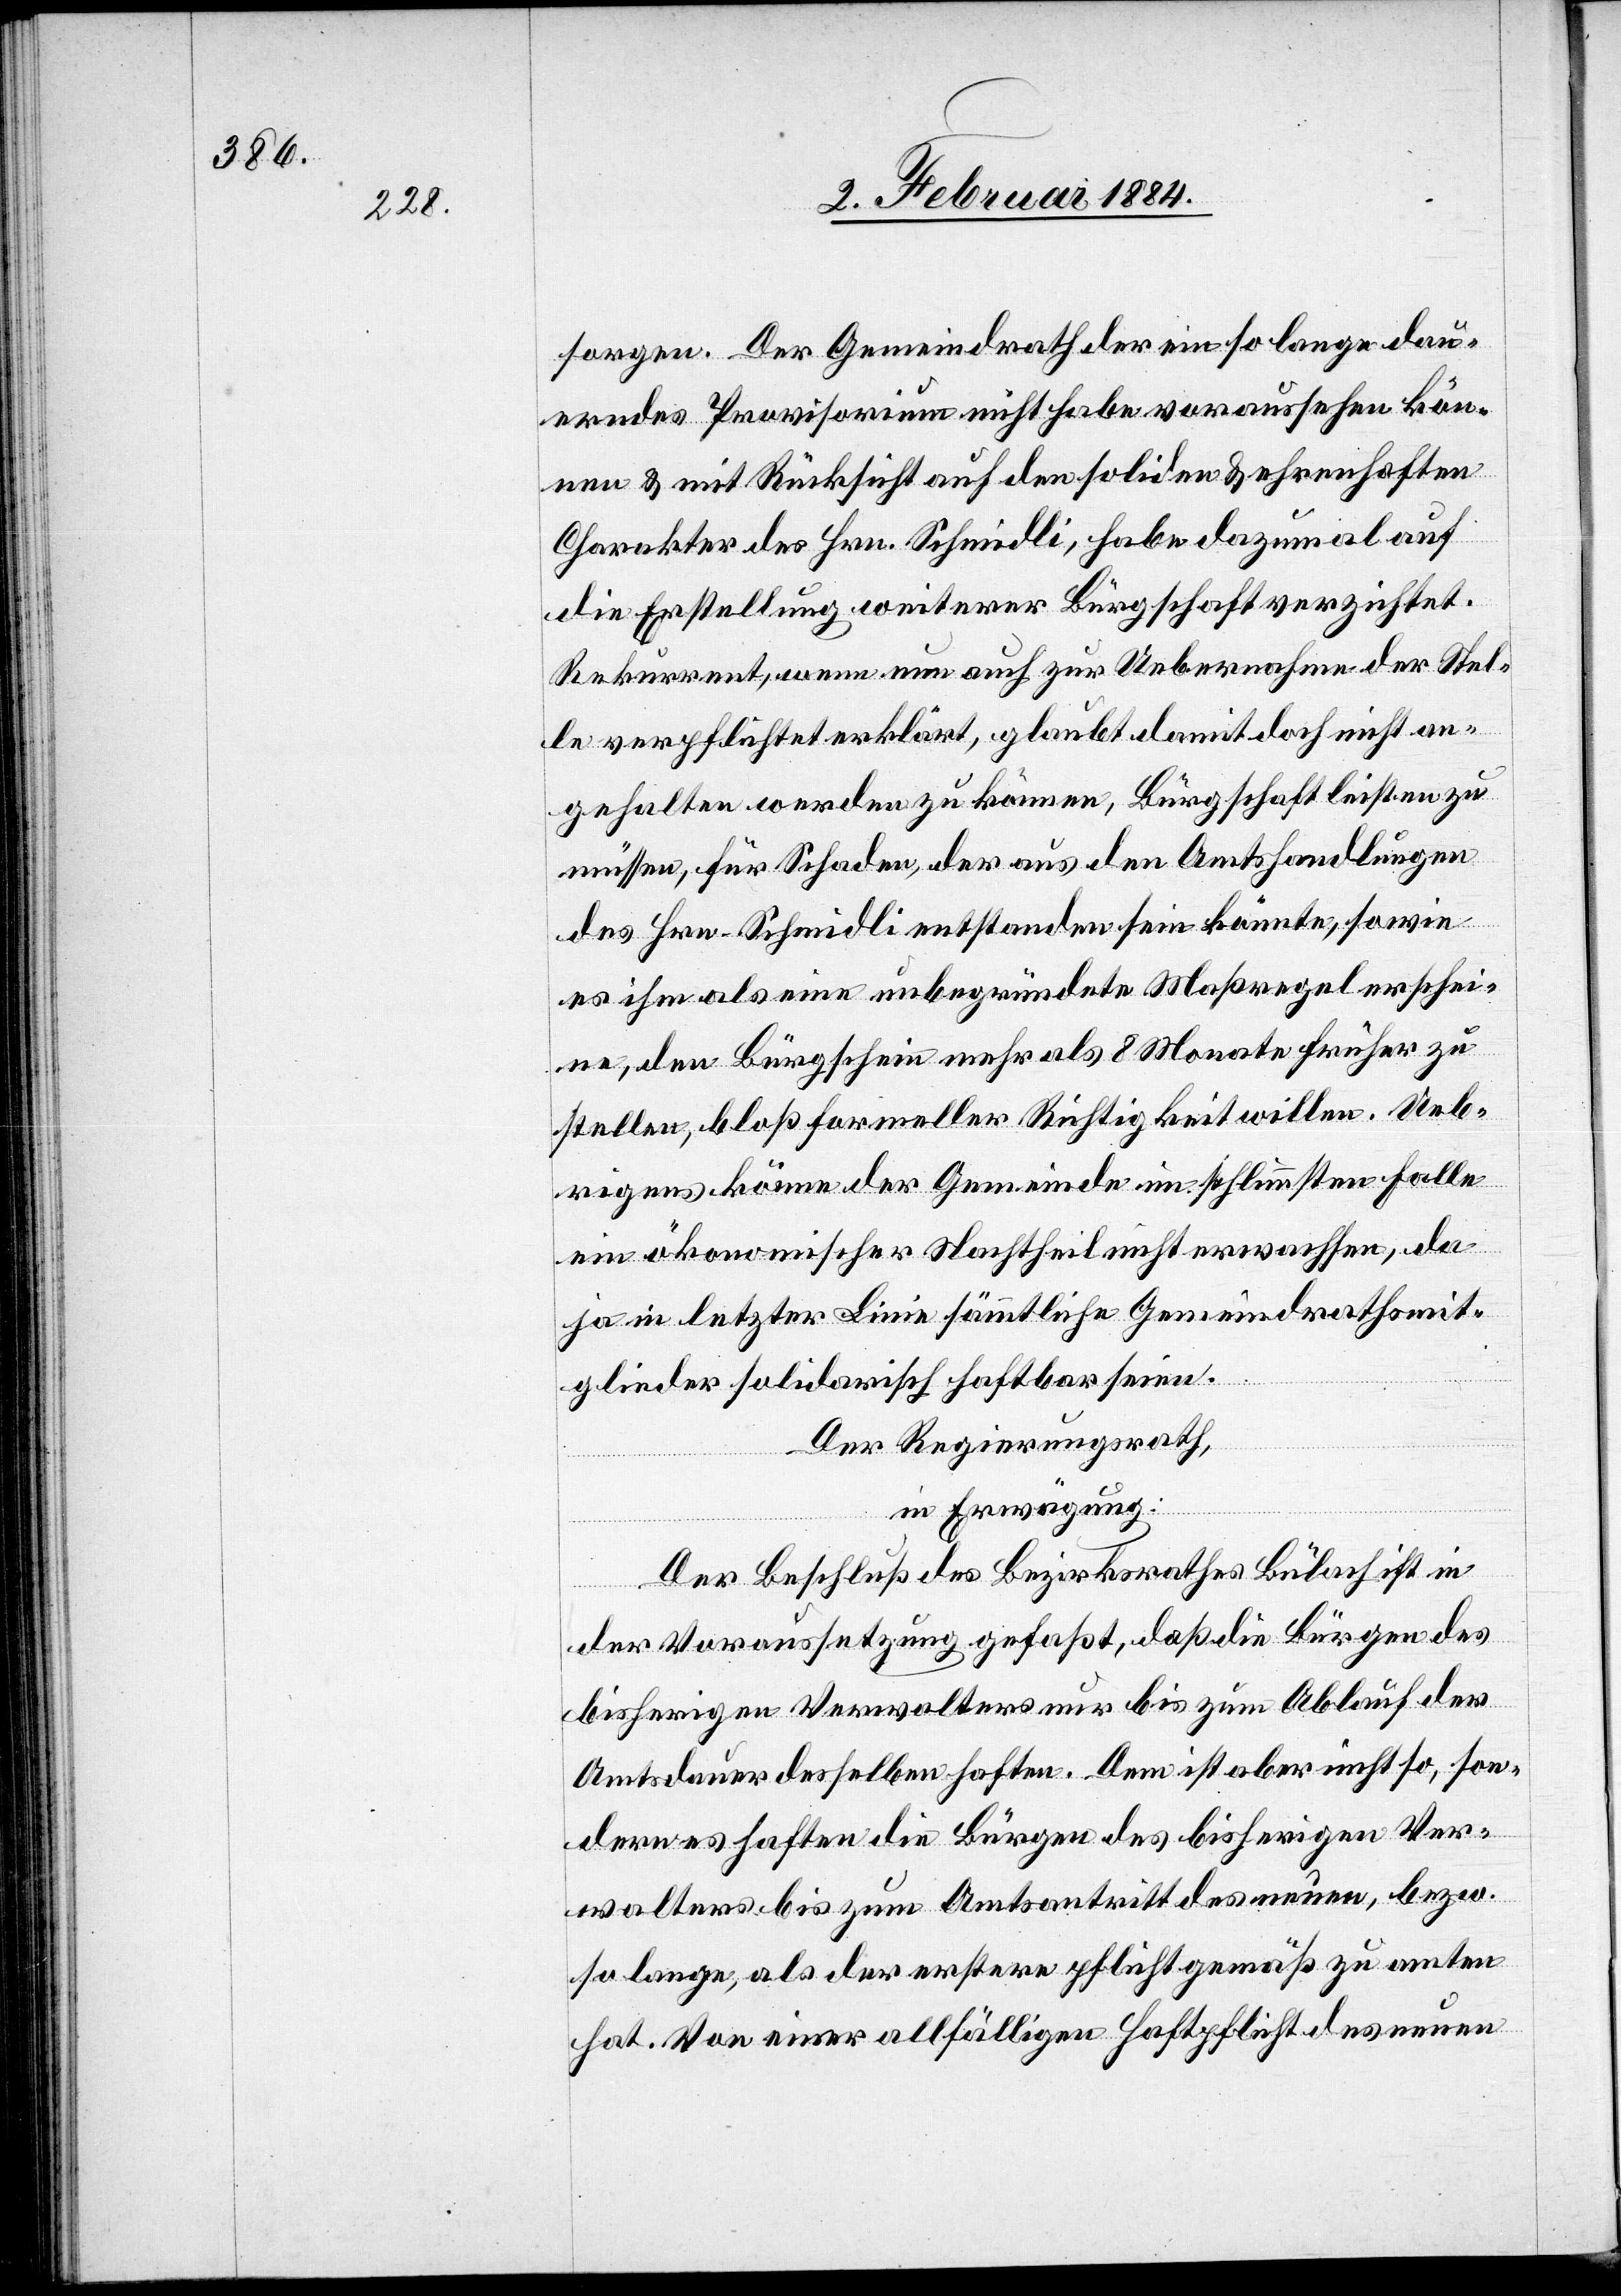
sorgen. Der Gemeindrath der ein so lange dau¬
erndes Provisorium nicht habe voraussehen kön¬
nen & mit Rücksicht auf den soliden & ehrenhaften
Charakter des Hrn. Schmidli, habe dazumal auf
die Einstellung weiterer Bürgschaften verzichtet.
Rekurrent, wenn nun auch zur Uebernahme der Stel¬
le verpflichtet erklärt, glaubt damit doch nicht an¬
gehalten werden zu können, Bürgschaft leisten zu
müssen, für Schaden, der aus den Amtshandlungen
des Hrn. Schmidli entstanden sein könnten, sowie
es ihm als eine unbegründete Maßregel erschei¬
ne, den Bürgschein mehr als 8 Monate früher zu
stellen, bloß formeller Richtigkeit willen. Ueb¬
rigens könne der Gemeinde im schlimmsten Falle
ein ökonomischer Nachtheil nicht erwachsen, da
ja in letzter Linie sämmtliche Gemeindrathsmit¬
glieder solidarisch haftbar seien.
Der Regierungsrath,
in Erwägung:
Der Beschluß des Bezirksrathes Bülach ist in
der Voraussetzung gefaßt, daß die Bürgen des
bisherigen Verwalters nur bis zum Ablauf der
Amtsdauer desselben haften. Dem ist aber nicht so, son¬
dern es haften die Bürgen des bisherigen Ver¬
walters bis zum Amtsantritt des neuen, bzw.
so lange, als der erstere pflichtgemäß zu amten
hat. Von einer allfälligen Haftpflicht des neuen